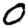
Digit: 0